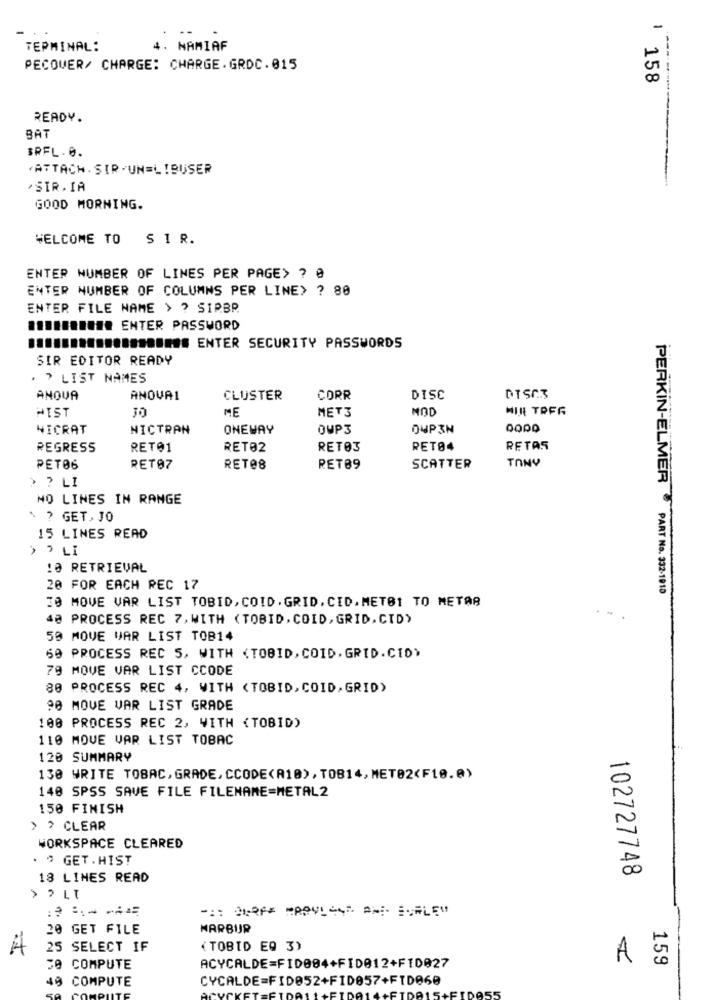
--
TERMINAL:
4. NAMIAF
PECOVER/ CHARGE: CHARGE.GROC.015
1 158
READY.
BAT
BRFL. 0.
ATTACH. SIR .UN=LIBUSER
'SIR. IA
GOOD MORNING.
WELCOME TO S IR.
ENTER NUMBER OF LINES PER PAGE> ? @
ENTER NUMBER OF COLUMNS PER LINE> ? 80
ENTER FILE NAME > ? SIRBR
########## ENTER PASSWORD
............ ####### ENTER SECURITY PASSWORDS
SIR EDITOR READY
. > LIST NAMES
ANOVA
ANOVAI
CLUSTER
CORR
DISC
DISC3
HIST
ME
MET3
MOD
MIR TRER
NICRAT
NICTRAN
ONEWAY
OUP3
OUP3N
REGRESS
RET01
RET02
RETOS
RET84
RETAS
TONY
PET06
RET97
RET08
RET89
SCATTER
> ? LI
NO LINES IN RANGE
· ? GET, 70
15 LINES READ
› › LI
10 RETRIEVAL
20 FOR EACH REC 17
PERKIN-ELMER PART No. 332-1910
30 MOVE VAR LIST TOBID, COID. GRID. CID. MET01 TO METAR
40 PROCESS REC 7, WITH (TOBID, COID, GRID. CTD>
59 MOVE VAR LIST TOB14
69 PROCESS REC 5, WITH <TOBID, COID, GRID.CIO)
79 MOVE VAR LIST CCODE
80 PROCESS REC 4, WITH <TOBID, COID, GRID)
90 MOVE VAR LIST GRADE
100 PROCESS REC 2, WITH {TOBID)
110 MOVE VAR LIST TOBAC
120 SUMMARY
130 WRITE TOBAC,GRADE, CCODE(A10), TOB14, MET02(F10.e)
140 SPSS SAVE FILE FILENAME=METAL2
150 FINISH
› › CLEAR
WORKSPACE CLEARED
. " GET.HIST
18 LINES READ
102727748
=== GEOFF ROYL -4D AND SCALE"
20 GET FILE
MARBUR
A
25 SELECT IF
(TOBID EQ 3)
A
159
50 COMPUTE
ACYCALDE=FID004+FID012+F10027
49 COMPUTE
CYCALDE=FID052+FID057+FTD060
55